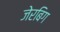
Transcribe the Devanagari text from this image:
जेरबिग